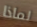
لماذا